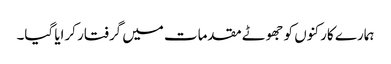
ہمارے کارکنوں کو جھوٹے مقدمات میں گرفتار کرایا گیا۔